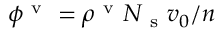
\phi ^ { \mathrm { ~ v ~ } } = \rho ^ { \mathrm { ~ v ~ } } N _ { \mathrm { ~ s ~ } } v _ { 0 } / n